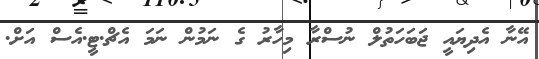
އޭނާ އެދިޔައީ ޖަބަހަތުލް ނުސްރާ މިހާރު ގެ ނަމުން ނަމަ އެޗް.ޓީ.އެސް އަށް.